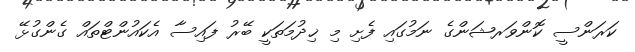
ކަރަންސީ ކޮންވަރޝަންގެ ނަމުގައި ފެށި މި ޚިދުމަތަކީ ބޭރު ފައިސާ އެކައުންޓްތައް ގެންގުޅޭ